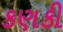
કણકી